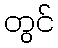
တွင်